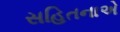
સહિતનાએ